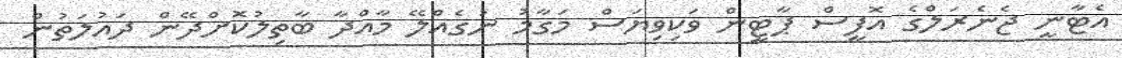
އެޓާނީ ޖެނެރަލްގެ އޮފީސް ޕާޓީން ވަކިވިޔަސް މަގާމު ނުގެއްލޭ މާއްދާ ބާތިލުކޮށްދޭން ދައުލަތުން